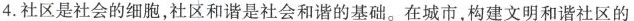
4.社区是社会的细胞，社区和谐是社会和谐的基础。在城市，构建文明和谐社区的